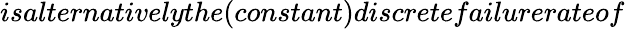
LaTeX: isalternativelythe(constant)discretefailurerateof